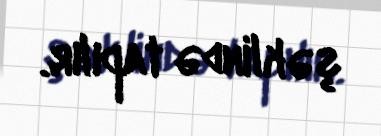
şəklində tapılır.